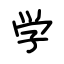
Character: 学